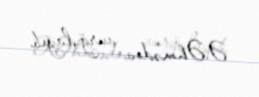
Ə.Əhmədov vurğulayıb.